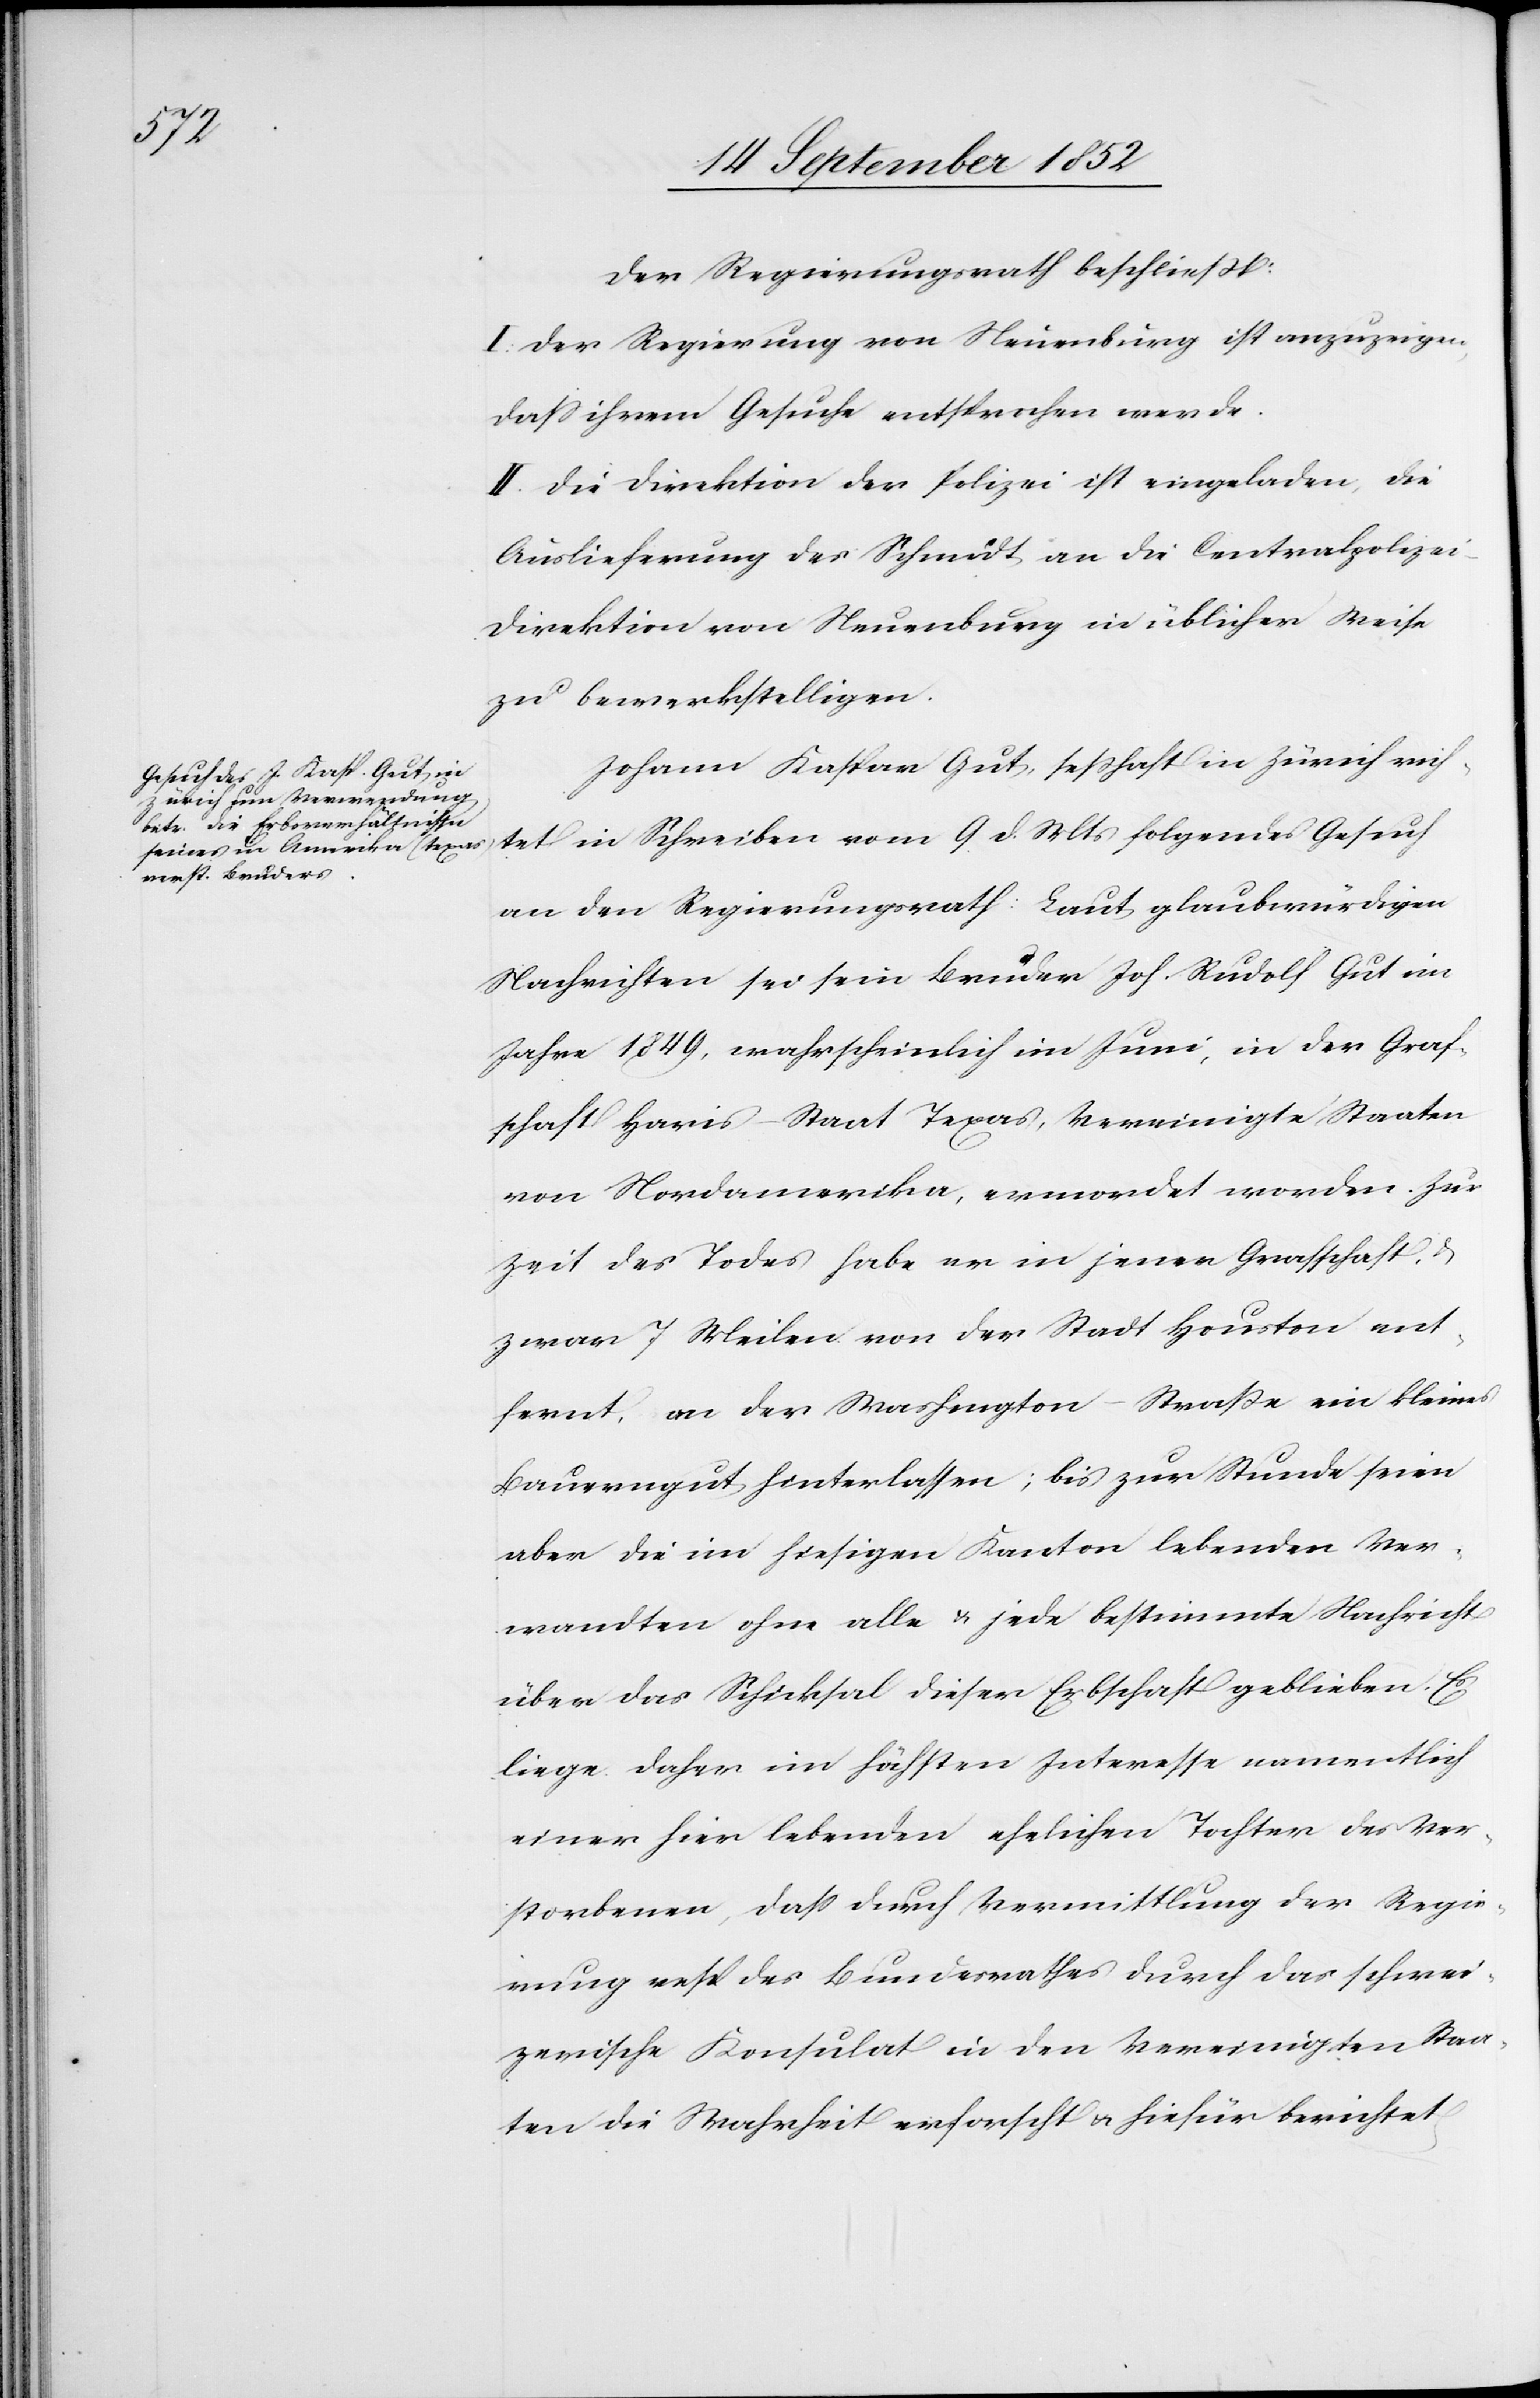
Der Regierungsrath beschließt:
I. Der Regierung von Neuenburg ist anzuzeigen,
dass ihrem Gesuche entsprochen werde.
II. Die Direktion der Polizei ist eingeladen, die
Auslieferung des Schmidt an die Centralpolize¬
i-Direktion von Neuenburg in üblicher Weise
zu bewerkstelligen.
Johann Kaspar Gut, sesshaft in Zürich rich¬
tet in Schreiben vom 9 d. Mts folgendes Gesuch
an den Regierungsrath: Laut glaubwürdigen
Nachrichten sei sein Bruder Joh. Rudolf Gut im
Jahre 1849, wahrscheinlich im Juni, in der Graf¬
schaft Haris – Staat Texas, Vereinigte Staaten
von Nordamerika, ermordet worden. Zur
Zeit des Todes habe er in jener Grafschaft,
zwar 7 Meilen von der Stadt Houston ent¬
fernt, an der Washington-Straße ein kleines
Bauerngut hinterlassen; bis zur Stunde seien
aber die im hiesigen Kanton lebenden Ver¬
wandten ohne alle & jede bestimmte Nachricht
über das Schicksal dieser Erbschaft geblieben. Es
liege daher im höchsten Interesse namentlich
einer hier lebenden ehelichen Tochter des Ver¬
storbenen, dass durch Vermittlung der Regie¬
rung resp des Bundesrathes durch das schwei¬
zerische Konsulat in den Vereinigten Staa¬
ten die Wahrheit erforscht & hiefür [recte: